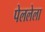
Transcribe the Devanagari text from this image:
पेललेला